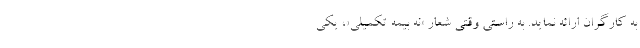
به کارگران ارائه نماید. به راستی وقتی شعارِ «نه بیمه تکمیلی»، یکی